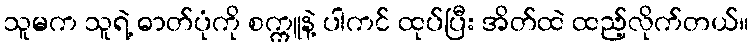
သူမက သူရဲ့ ဓာတ်ပုံကို စက္ကူနဲ့ ပါကင် ထုပ်ပြီး အိတ်ထဲ ထည့်လိုက်တယ်။